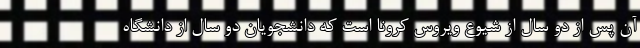
آن پس از دو سال از شیوع ویروس کرونا است که دانشجویان دو سال از دانشگاه